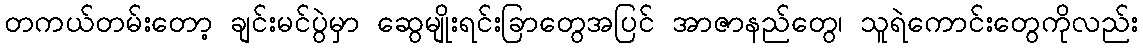
တကယ်တမ်းတော့ ချင်းမင်ပွဲမှာ ဆွေမျိုးရင်းခြာတွေအပြင် အာဇာနည်တွေ၊ သူရဲကောင်းတွေကိုလည်း